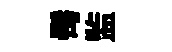
髩监